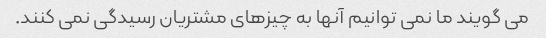
می گویند ما نمی توانیم آنها به چیزهای مشتریان رسیدگی نمی کنند.